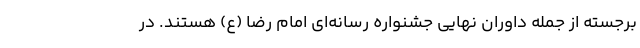
برجسته از جمله داوران نهایی جشنواره رسانه‌ای امام رضا (ع) هستند. در